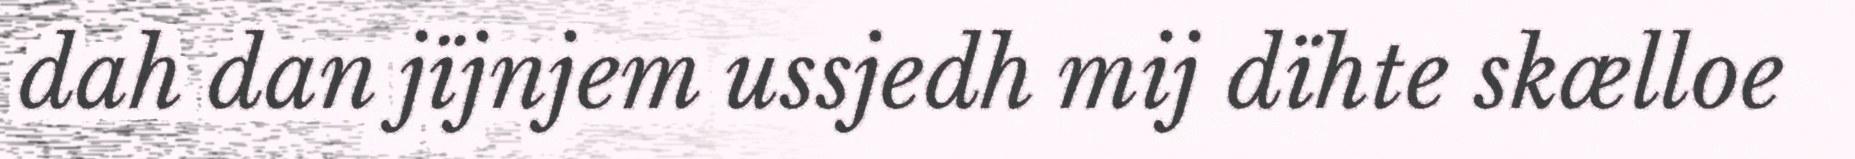
dah dan jïjnjem ussjedh mij dïhte skælloe